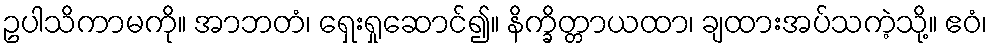
ဥပါသိကာမကို။ အာဘတံ၊ ရှေးရှုဆောင်၍။ နိက္ခိတ္တာယထာ၊ ချထားအပ်သကဲ့သို့။ ဧဝံ၊